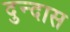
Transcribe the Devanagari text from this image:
दुन्दास